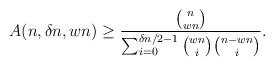
LaTeX: \begin{align*} A(n, \delta n, wn) \ge \frac{{n \choose wn}}{\sum_{i=0}^{\delta n/2-1}{wn\choose i}{n-wn\choose i}}.\end{align*}